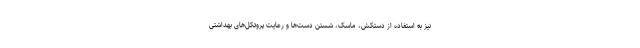
نیز به استفاده از دستکش، ماسک، شستن دست‌ها و رعایت پروتکل‌های بهداشتی